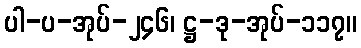
ပါ-ပ-အုပ်-၂၄၆၊ ဋ္ဌ-ဒု-အုပ်-၁၁၇။